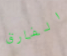
الفارق